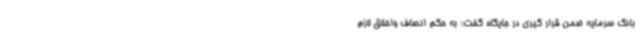
بانک سرمایه ضمن قرار گیری در جایگاه گفت: به حکم انصاف واخلاق لازم